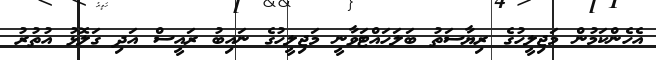
އެހެންކަމުން މަޖިލީހުގެ ރިޔާސަތު ބަލަހައްޓަވާނީ މަޖިލީހުގެ ނައިބު ރައީސް އަދި ގަލޮޅު އުތުރު